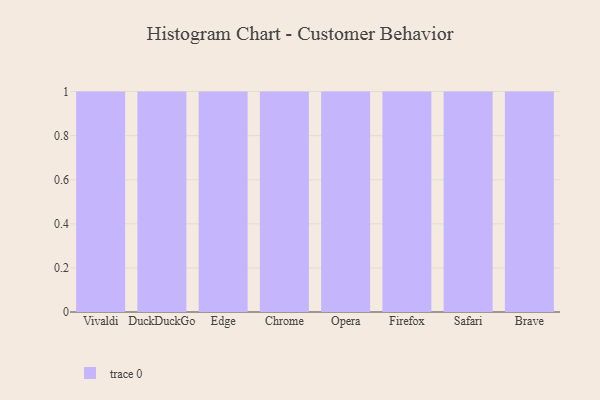
{"axis": {"x": "Browser", "y": "Waste Production (Tons)"}, "legend": [""], "data": [{"x": "Vivaldi", "y": 26, "type": ""}, {"x": "DuckDuckGo", "y": 44, "type": ""}, {"x": "Edge", "y": 94, "type": ""}, {"x": "Chrome", "y": 81, "type": ""}, {"x": "Opera", "y": 68, "type": ""}, {"x": "Firefox", "y": 95, "type": ""}, {"x": "Safari", "y": 40, "type": ""}, {"x": "Brave", "y": 66, "type": ""}]}